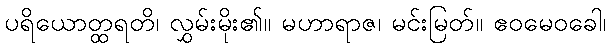
ပရိယောတ္ထရတိ၊ လွှမ်းမိုး၏။ မဟာရာဇ၊ မင်းမြတ်။ ဧဝမေဝခေါ၊